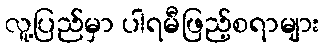
လူ့ပြည်မှာ ပါရမီဖြည့်စရာများ